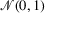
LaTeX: { \mathcal { N } } ( 0 , 1 )